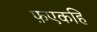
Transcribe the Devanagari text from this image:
फ़एकहि